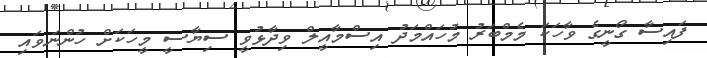
ފައިސާ ގޯނީގެ ވާހަކަ މެމްބަރު މުހައްމަދު އިސްމާއީލް ވިދާޅުވީ ސިޔާސީ މީހަކަށް ހުންނަވައި